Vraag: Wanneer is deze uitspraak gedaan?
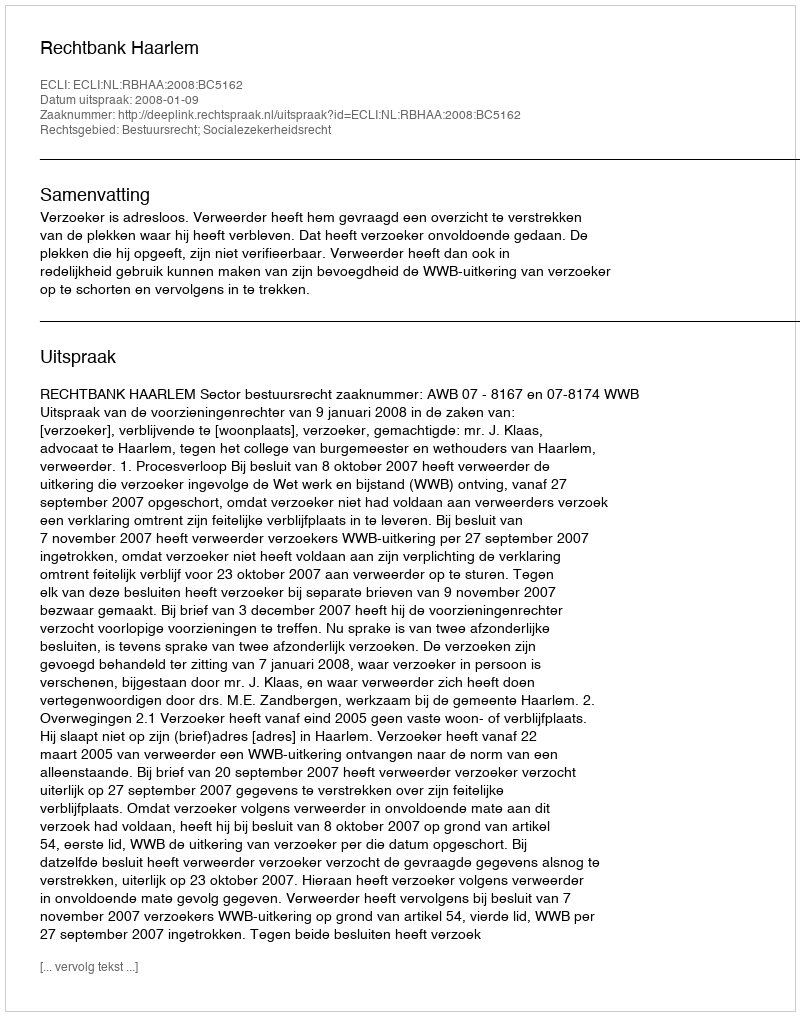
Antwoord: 2008-01-09